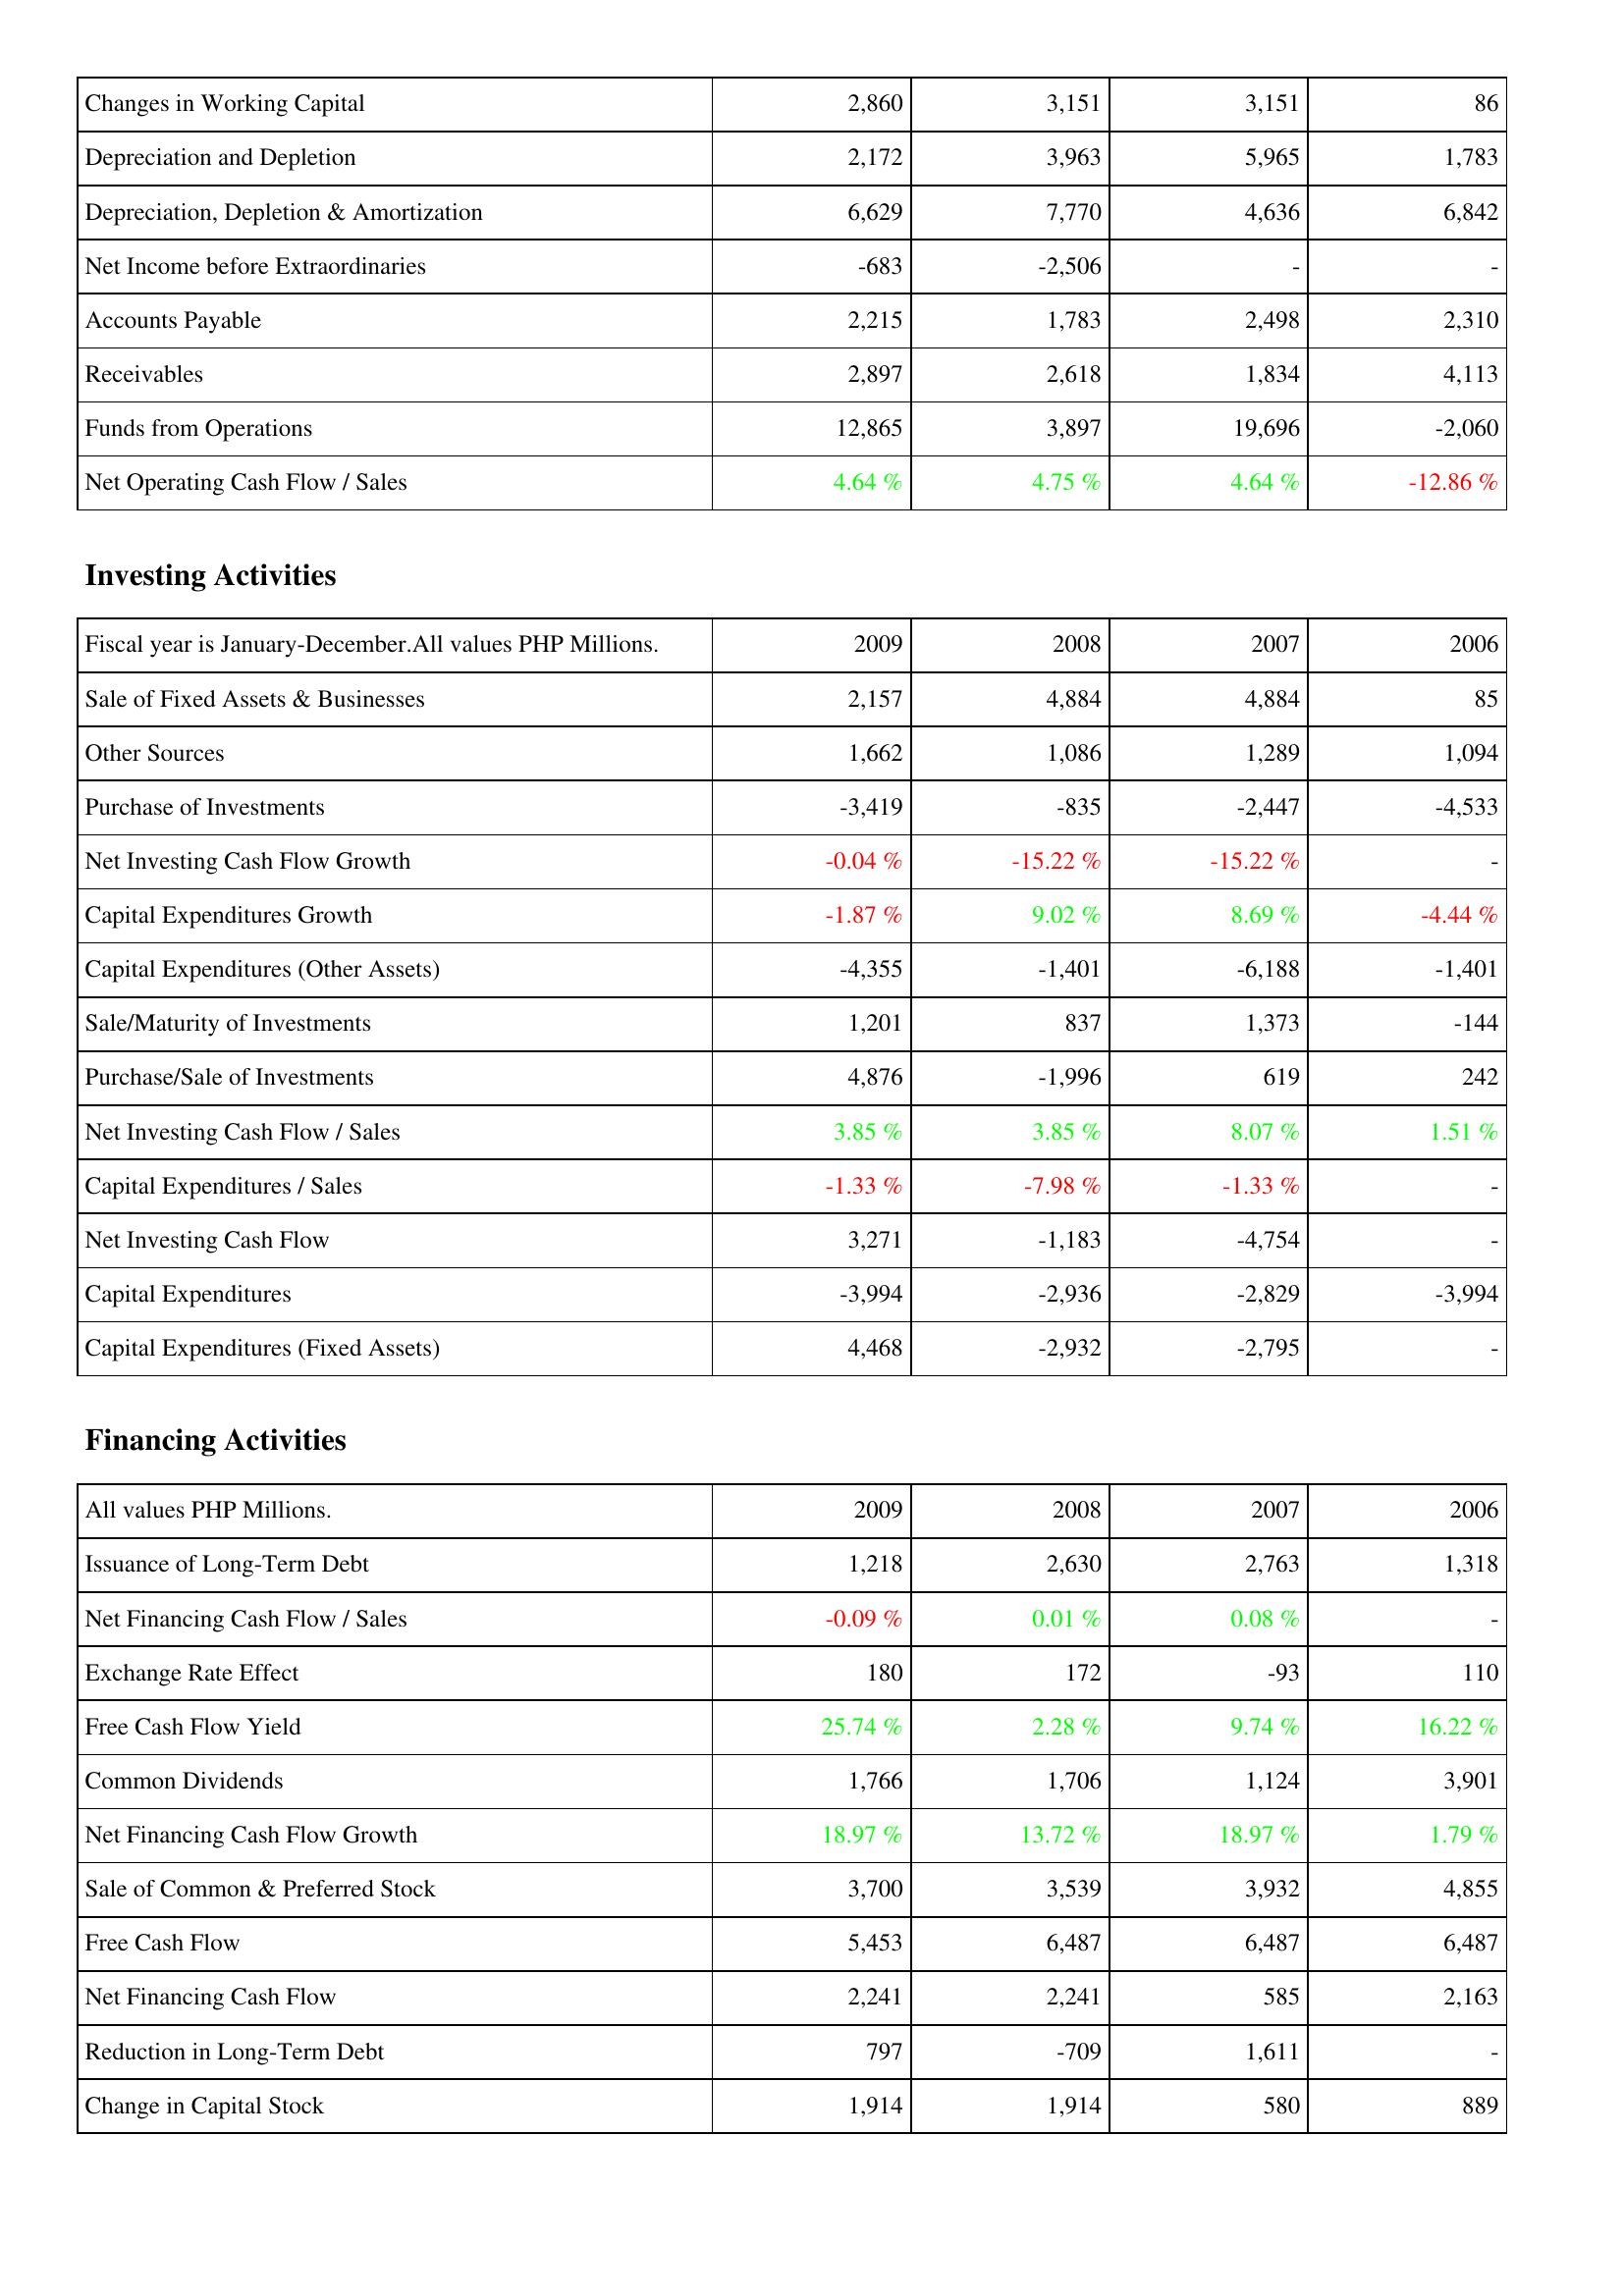
2009: Operating Activities: Changes in Working Capital: 2,860
Depreciation and Depletion: 2,172
Depreciation, Depletion & Amortization: 6,629
Net Income before Extraordinaries: -683
Accounts Payable: 2,215
Receivables: 2,897
Funds from Operations: 12,865
Net Operating Cash Flow / Sales: 4.64 %
Investing Activities: Sale of Fixed Assets & Businesses: 2,157
Other Sources: 1,662
Purchase of Investments: -3,419
Net Investing Cash Flow Growth: -0.04 %
Capital Expenditures Growth: -1.87 %
Capital Expenditures (Other Assets): -4,355
Sale/Maturity of Investments: 1,201
Purchase/Sale of Investments: 4,876
Net Investing Cash Flow / Sales: 3.85 %
Capital Expenditures / Sales: -1.33 %
Net Investing Cash Flow: 3,271
Capital Expenditures: -3,994
Capital Expenditures (Fixed Assets): 4,468
Financing Activities: Issuance of Long-Term Debt: 1,218
Net Financing Cash Flow / Sales: -0.09 %
Exchange Rate Effect: 180
Free Cash Flow Yield: 25.74 %
Common Dividends: 1,766
Net Financing Cash Flow Growth: 18.97 %
Sale of Common & Preferred Stock: 3,700
Free Cash Flow: 5,453
Net Financing Cash Flow: 2,241
Reduction in Long-Term Debt: 797
Change in Capital Stock: 1,914
2008: Operating Activities: Changes in Working Capital: 3,151
Depreciation and Depletion: 3,963
Depreciation, Depletion & Amortization: 7,770
Net Income before Extraordinaries: -2,506
Accounts Payable: 1,783
Receivables: 2,618
Funds from Operations: 3,897
Net Operating Cash Flow / Sales: 4.75 %
Investing Activities: Sale of Fixed Assets & Businesses: 4,884
Other Sources: 1,086
Purchase of Investments: -835
Net Investing Cash Flow Growth: -15.22 %
Capital Expenditures Growth: 9.02 %
Capital Expenditures (Other Assets): -1,401
Sale/Maturity of Investments: 837
Purchase/Sale of Investments: -1,996
Net Investing Cash Flow / Sales: 3.85 %
Capital Expenditures / Sales: -7.98 %
Net Investing Cash Flow: -1,183
Capital Expenditures: -2,936
Capital Expenditures (Fixed Assets): -2,932
Financing Activities: Issuance of Long-Term Debt: 2,630
Net Financing Cash Flow / Sales: 0.01 %
Exchange Rate Effect: 172
Free Cash Flow Yield: 2.28 %
Common Dividends: 1,706
Net Financing Cash Flow Growth: 13.72 %
Sale of Common & Preferred Stock: 3,539
Free Cash Flow: 6,487
Net Financing Cash Flow: 2,241
Reduction in Long-Term Debt: -709
Change in Capital Stock: 1,914
2007: Operating Activities: Changes in Working Capital: 3,151
Depreciation and Depletion: 5,965
Depreciation, Depletion & Amortization: 4,636
Net Income before Extraordinaries: -
Accounts Payable: 2,498
Receivables: 1,834
Funds from Operations: 19,696
Net Operating Cash Flow / Sales: 4.64 %
Investing Activities: Sale of Fixed Assets & Businesses: 4,884
Other Sources: 1,289
Purchase of Investments: -2,447
Net Investing Cash Flow Growth: -15.22 %
Capital Expenditures Growth: 8.69 %
Capital Expenditures (Other Assets): -6,188
Sale/Maturity of Investments: 1,373
Purchase/Sale of Investments: 619
Net Investing Cash Flow / Sales: 8.07 %
Capital Expenditures / Sales: -1.33 %
Net Investing Cash Flow: -4,754
Capital Expenditures: -2,829
Capital Expenditures (Fixed Assets): -2,795
Financing Activities: Issuance of Long-Term Debt: 2,763
Net Financing Cash Flow / Sales: 0.08 %
Exchange Rate Effect: -93
Free Cash Flow Yield: 9.74 %
Common Dividends: 1,124
Net Financing Cash Flow Growth: 18.97 %
Sale of Common & Preferred Stock: 3,932
Free Cash Flow: 6,487
Net Financing Cash Flow: 585
Reduction in Long-Term Debt: 1,611
Change in Capital Stock: 580
2006: Operating Activities: Changes in Working Capital: 86
Depreciation and Depletion: 1,783
Depreciation, Depletion & Amortization: 6,842
Net Income before Extraordinaries: -
Accounts Payable: 2,310
Receivables: 4,113
Funds from Operations: -2,060
Net Operating Cash Flow / Sales: -12.86 %
Investing Activities: Sale of Fixed Assets & Businesses: 85
Other Sources: 1,094
Purchase of Investments: -4,533
Net Investing Cash Flow Growth: -
Capital Expenditures Growth: -4.44 %
Capital Expenditures (Other Assets): -1,401
Sale/Maturity of Investments: -144
Purchase/Sale of Investments: 242
Net Investing Cash Flow / Sales: 1.51 %
Capital Expenditures / Sales: -
Net Investing Cash Flow: -
Capital Expenditures: -3,994
Capital Expenditures (Fixed Assets): -
Financing Activities: Issuance of Long-Term Debt: 1,318
Net Financing Cash Flow / Sales: -
Exchange Rate Effect: 110
Free Cash Flow Yield: 16.22 %
Common Dividends: 3,901
Net Financing Cash Flow Growth: 1.79 %
Sale of Common & Preferred Stock: 4,855
Free Cash Flow: 6,487
Net Financing Cash Flow: 2,163
Reduction in Long-Term Debt: -
Change in Capital Stock: 889